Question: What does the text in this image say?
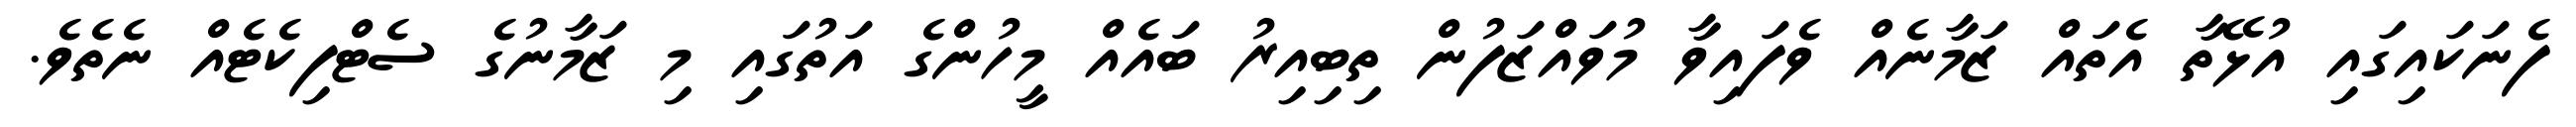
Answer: ފެނަކައިގައި އުޅޭތާ އެތައް ޒަމާނެއް ވެފައިވާ މުވައްޒަފުން ތިބިއިރު ބައެއް މީހުންގެ އަތުގައި މި ޒަމާނުގެ ސެޓްފިކެޓެއް ނެތެވެ.